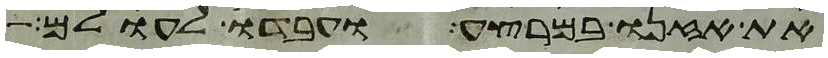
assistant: את אזנו במרצע ועבדו לעולם